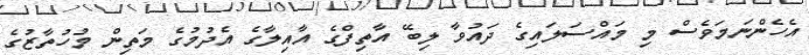
އެހެންނަމަވެސް މި މައްސަލައިގެ ދައުވާ ލިބޭ އާތިފްގެ އާއިލާގެ އެދުމުގެ މަތިން މުހުތާޒުގެ